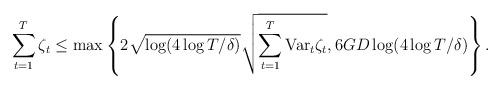
LaTeX: \begin{align*} \sum_{t=1}^T\zeta_t\leq \max\left\{2\sqrt{\log(4\log T/\delta)}\sqrt{\sum_{t=1}^T \textrm{Var}_t\zeta_t}, 6GD\log(4\log T/\delta)\right\}.\end{align*}